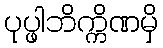
ပုပ္ဖါဘိက္ကိဏမှိ